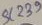
Text: SC239